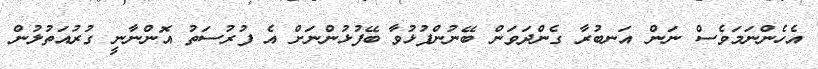
އެހެންނަމަވެސް ނަން އަނބުރާ ގެންދަވަން ބޭނުންފުޅުވާ ބޭފުޅުންނަށް އެ ފުރުސަތު އޮންނާނީ ގުރުއަތުލުން